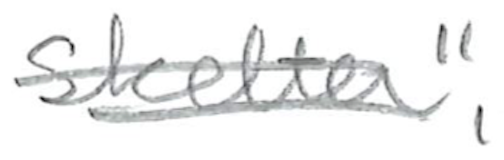
Text: Skelter",
Cross-out: double-line
Writing tool: pencil